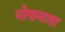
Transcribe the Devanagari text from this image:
मोसमाला